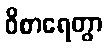
ဝိစာရေတွာ